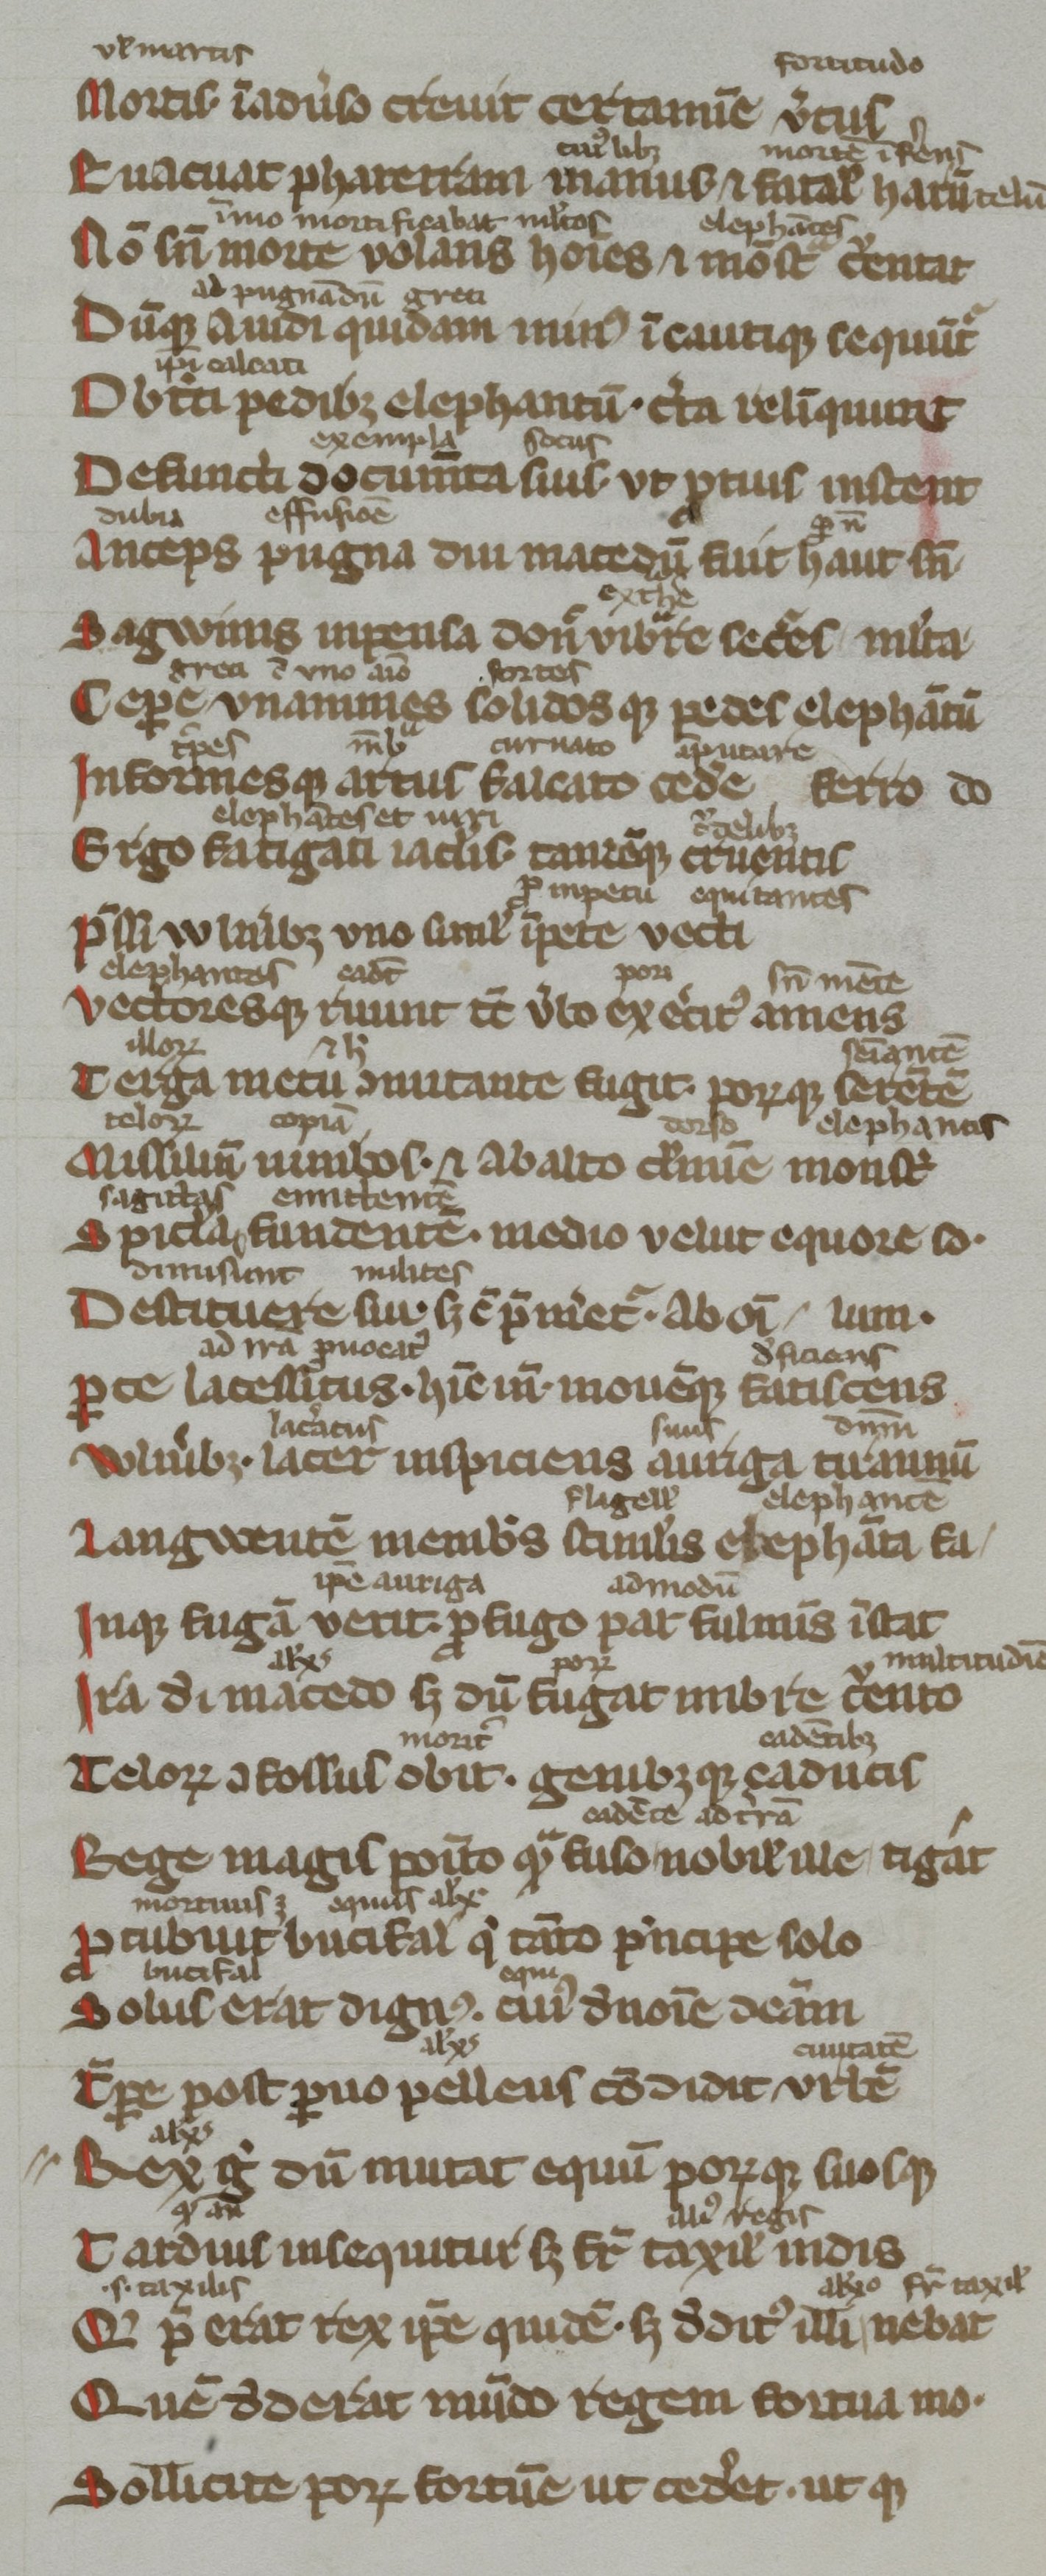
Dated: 1300–1399